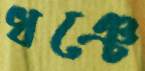
ধঞ্চে